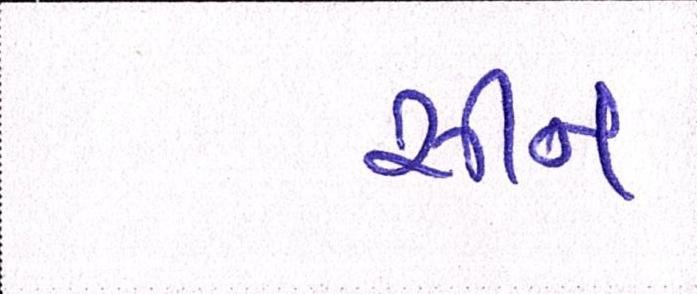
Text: સીન